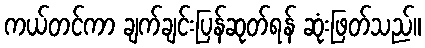
ကယ်တင်ကာ ချက်ချင်းပြန်ဆုတ်ရန် ဆုံးဖြတ်သည်။